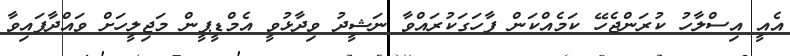
އެއީ އިސްލާހު ކުރަންޖެހޭ ކަމެއްކަން ފާހަގަކުރައްވާ ނަޝީދު ވިދާޅުވީ އެމްޑީޕީން މަޖިލީހަށް ވައްދާފައިވާ